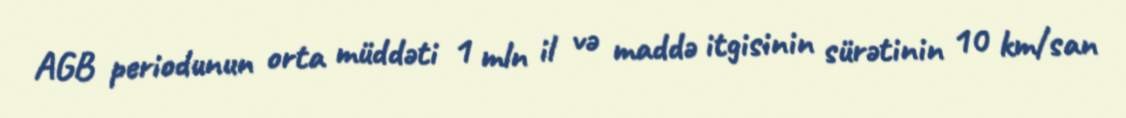
AGB periodunun orta müddəti 1 mln il və maddə itgisinin sürətinin 10 km/san